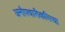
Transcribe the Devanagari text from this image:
अनौपचारीकरित्या